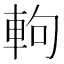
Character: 軥